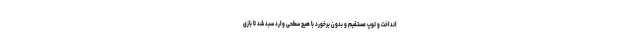
انداخت و توپ مستقیم و بدون برخورد با هیچ سطحی وارد سبد شد تا بازی